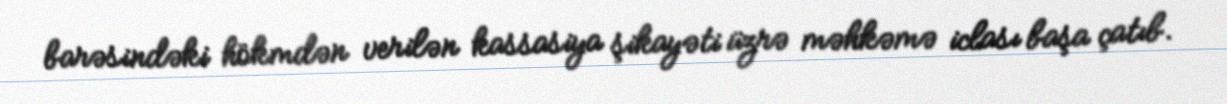
barəsindəki hökmdən verilən kassasiya şikayəti üzrə məhkəmə iclası başa çatıb.